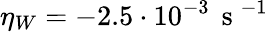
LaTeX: \eta_{W}=-2.5\cdot 10^{-3}\, \mathrm{~s~}^{-1}